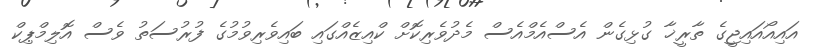
އައިއޯއައިޖީގެ ތާރީޚާ ގުޅިގެން އެސްއެމްއެސް މެދުވެރިކޮށް ކްއިޒެއްގައި ބައިވެރިވުމުގެ ފުރުސަތު ވެސް އޮލިމްޕިކް